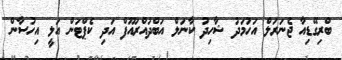
ބްރިގޭޑިއާ ޖެނަރަލް އަހުމަދު ޝާހިދު ކާނަލް އަބްދުއްރައޫފް އަދި ކެޕްޓަން އަލީ އިހުސާން